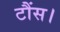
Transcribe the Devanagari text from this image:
टौंस।